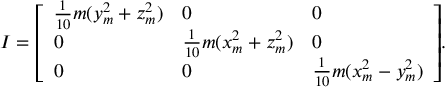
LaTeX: I = { \left[ \begin{array} { l l l } { { \frac { 1 } { 1 0 } } m ( y _ { m } ^ { 2 } + z _ { m } ^ { 2 } ) } & { 0 } & { 0 } \\ { 0 } & { { \frac { 1 } { 1 0 } } m ( x _ { m } ^ { 2 } + z _ { m } ^ { 2 } ) } & { 0 } \\ { 0 } & { 0 } & { { \frac { 1 } { 1 0 } } m ( x _ { m } ^ { 2 } - y _ { m } ^ { 2 } ) } \end{array} \right] } .